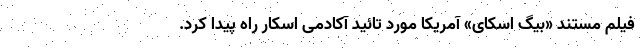
فیلم مستند «بیگ اسکای» آمریکا مورد تائید آکادمی اسکار راه پیدا کرد.